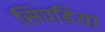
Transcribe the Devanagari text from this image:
सिपहिया